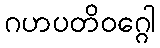
ဂဟပတိဝဂ္ဂေါ